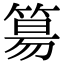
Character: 𥯕